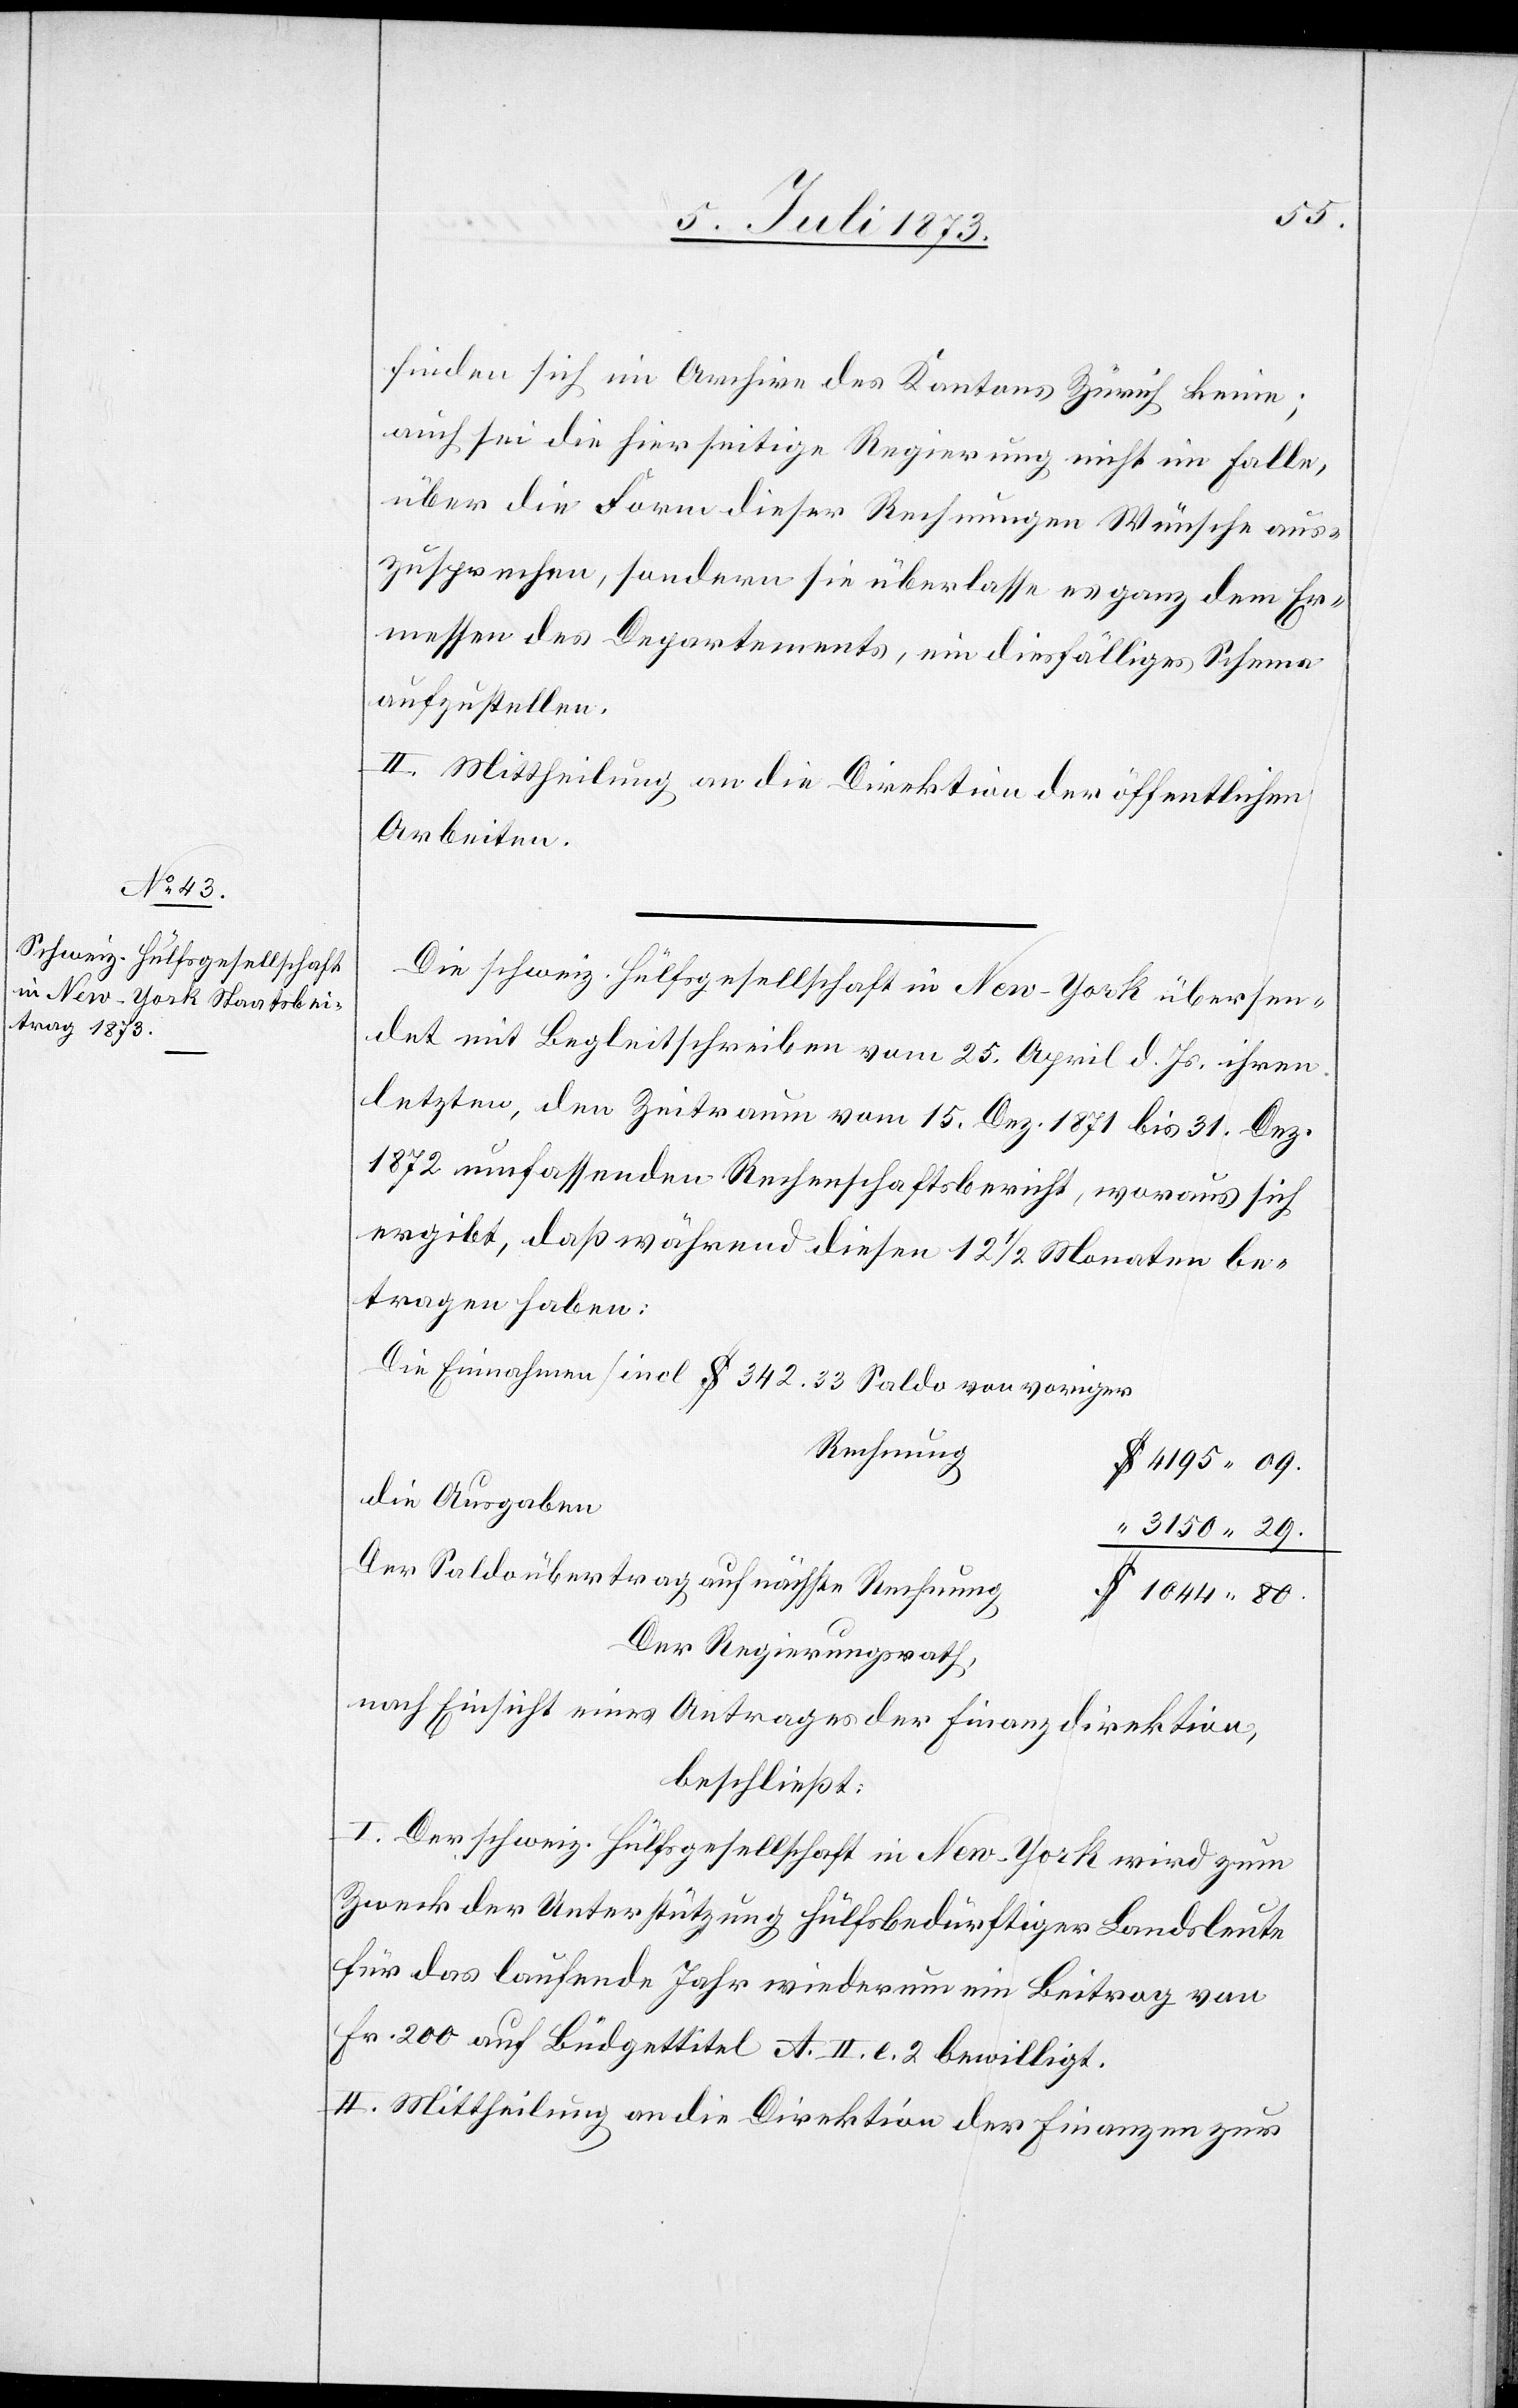
finden sich im Archive des Kantons Zürich keine;
auch sei die hierseitige Regierung nicht im Falle,
über die Form dieser Rechnungen Wünsche aus¬
zusprechen, sondern sie überlasse es ganz dem Er¬
messen des Departements, ein diesfälliges Schema
aufzustellen.
2. Mittheilung an die Direktion der öffentlichen
Arbeiten.
Die schweiz. Hülfsgesellschaft in New-York übersen¬
det mit Begleitschreiben vom 25. April d. Js. ihren
letzten, den Zeitraum vom 15. Dez. 1871 bis 31. Dez.
1872 umfassenden Rechenschaftsbericht, woraus sich
ergibt, daß während diesen 12 1/2 Monaten be¬
tragen haben:
Die Einnahmen [incl $ 342.33 Saldo von voriger
Rechnung]
4 195 09.
die Ausgaben
3 150 29.
Der Saldoübertrag auf nächste Rechnung
1 044 80.
Der Regierungsrath,
nach Einsicht eines Antrages der Finanzdirektion,
beschließt:
I. Der schweiz. Hülfsgesellschaft in New-York wird zum
Zweck der Unterstützung hülfsbedürftiger Landsleute
für das laufende Jahr wiederum ein Beitrag von
Fr. 200 auf Büdgettitel A. II. e. 2 bewilligt.
II. Mittheilung an die Direktion der Finanzen zur